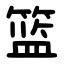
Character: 篮